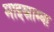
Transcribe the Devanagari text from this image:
माइस्नाम्बा